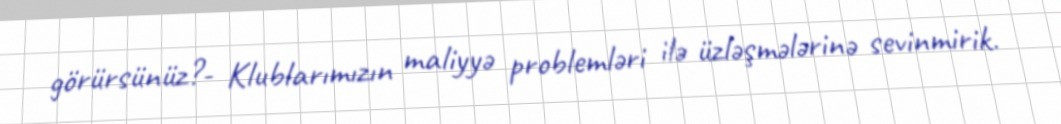
görürsünüz?- Klublarımızın maliyyə problemləri ilə üzləşmələrinə sevinmirik.